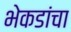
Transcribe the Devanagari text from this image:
भेकडांचा